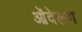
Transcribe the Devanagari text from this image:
ओंदेलग